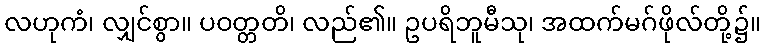
လဟုကံ၊ လျှင်စွာ။ ပဝတ္တတိ၊ လည်၏။ ဥပရိဘူမီသု၊ အထက်မဂ်ဖိုလ်တို့၌။